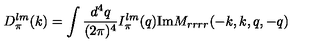
D _ { \pi } ^ { l m } ( k ) = \int { \frac { d ^ { 4 } q } { ( 2 \pi ) ^ { 4 } } } I _ { \pi } ^ { l m } ( q ) \mathrm { I m } M _ { r r r r } ( - k , k , q , - q )